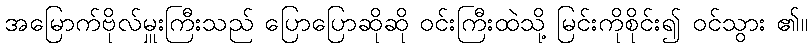
အမြောက်ဗိုလ်မှူးကြီးသည် ပြောပြောဆိုဆို ဝင်းကြီးထဲသို့ မြင်းကိုစိုင်း၍ ဝင်သွား ၏။